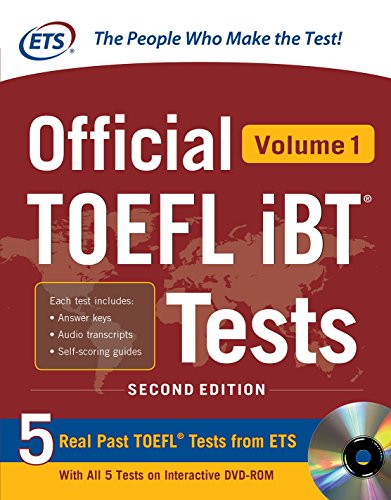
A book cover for Official TOEFL iBTÂ® Tests Volume 1, 2nd Edition; Educational Testing Service; Test Preparation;